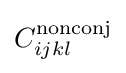
C_{ijkl}^{\mathrm {nonconj} }